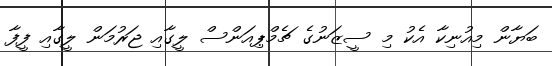
ބަޔާން މިއުނިކާ އެކު މި ސީޒަނުގެ ޗެމްޕިއަންސް ލީގާއި ޖަރުމަން ލީގާއި ފީފާ